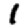
Digit: 1